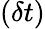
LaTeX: (\delta t)